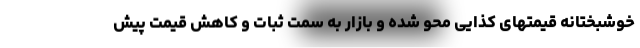
خوشبختانه قیمتهای کذایی محو شده و بازار به سمت ثبات و کاهش قیمت پیش